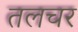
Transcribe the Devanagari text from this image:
तलचर